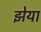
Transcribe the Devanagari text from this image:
झेया